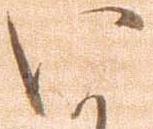
い